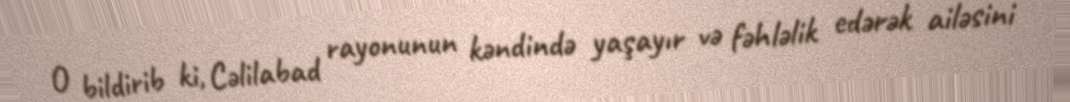
O bildirib ki, Cəlilabad rayonunun kəndində yaşayır və fəhləlik edərək ailəsini